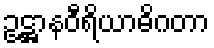
ဥဋ္ဌာနဝီရိယာဓိဂတာ